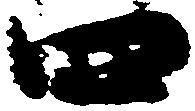
四